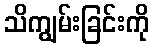
သိကျွမ်းခြင်းကို